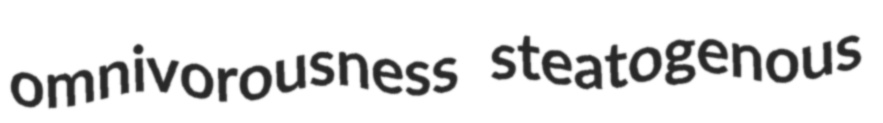
omnivorousness steatogenous